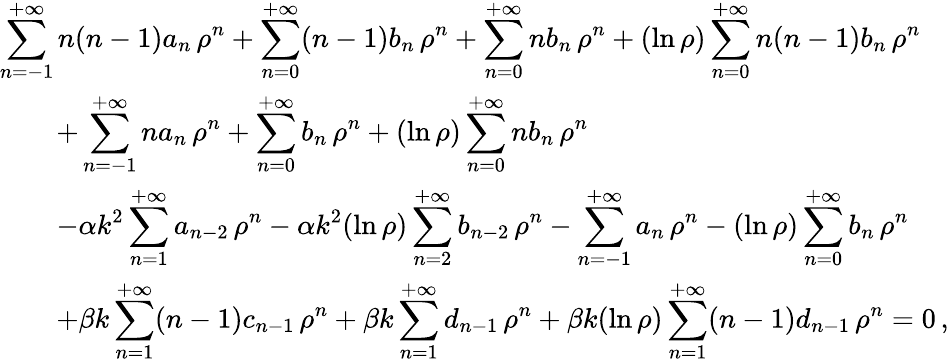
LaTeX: \begin{array}{l}{{\displaystyle\sum_{n=-1}^{+\infty}n(n-1)a_{n}\, \rho^{n}+\sum_{n=0}^{+\infty}(n-1)b_{n}\, \rho^{n}+\sum_{n=0}^{+\infty}nb_{n}\, \rho^{n}+(\ln\rho)\sum_{n=0}^{+\infty}n(n-1)b_{n}\, \rho^{n}}}\\ {{\displaystyle\qquad+\sum_{n=-1}^{+\infty}na_{n}\, \rho^{n}+\sum_{n=0}^{+\infty}b_{n}\, \rho^{n}+(\ln\rho)\sum_{n=0}^{+\infty}nb_{n}\, \rho^{n}}}\\ {{\displaystyle\qquad-\alpha k^{2}\sum_{n=1}^{+\infty}a_{n-2}\, \rho^{n}-\alpha k^{2}(\ln\rho)\sum_{n=2}^{+\infty}b_{n-2}\, \rho^{n}-\sum_{n=-1}^{+\infty}a_{n}\, \rho^{n}-(\ln\rho)\sum_{n=0}^{+\infty}b_{n}\, \rho^{n}}}\\ {{\displaystyle\qquad+\beta k\sum_{n=1}^{+\infty}(n-1)c_{n-1}\, \rho^{n}+\beta k\sum_{n=1}^{+\infty}d_{n-1}\, \rho^{n}+\beta k(\ln\rho)\sum_{n=1}^{+\infty}(n-1)d_{n-1}\, \rho^{n}=0}\, ,}\end{array}